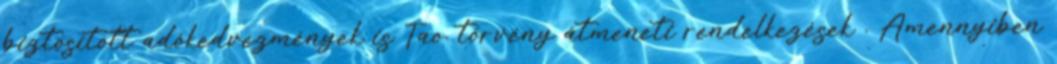
biztosított adókedvezmények is Tao. törvény átmeneti rendelkezések . Amennyiben